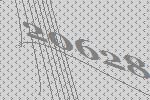
20628